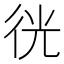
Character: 𢓥